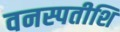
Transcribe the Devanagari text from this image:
वनस्पतीशि